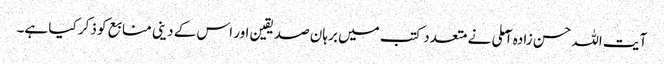
آیت اللہ حسن زادہ آملی نے متعدد کتب میں برہان صدیقین اور اس کے دینی منابع کو ذکر کیا ہے۔